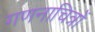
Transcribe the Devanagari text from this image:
गणनाचित्रों